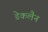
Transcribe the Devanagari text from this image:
डेकलैन